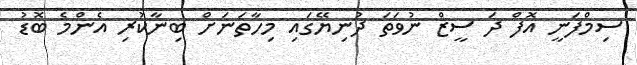
ސިމްފަނީ އޮފް ދަ ސީޒް ނުވަތަ ދުނިޔޭގައި މިހާތަނަށް ބިނާކުރި އެންމެ ބޮޑު